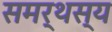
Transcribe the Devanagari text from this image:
समर्थस्य